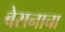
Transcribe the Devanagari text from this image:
बेसनाचा